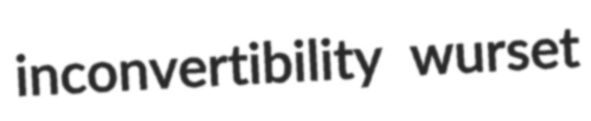
inconvertibility wurset